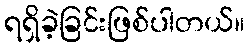
ရရှိခဲ့ခြင်းဖြစ်ပါတယ်။